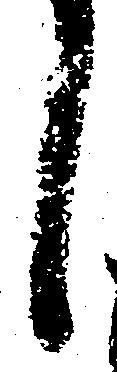
し